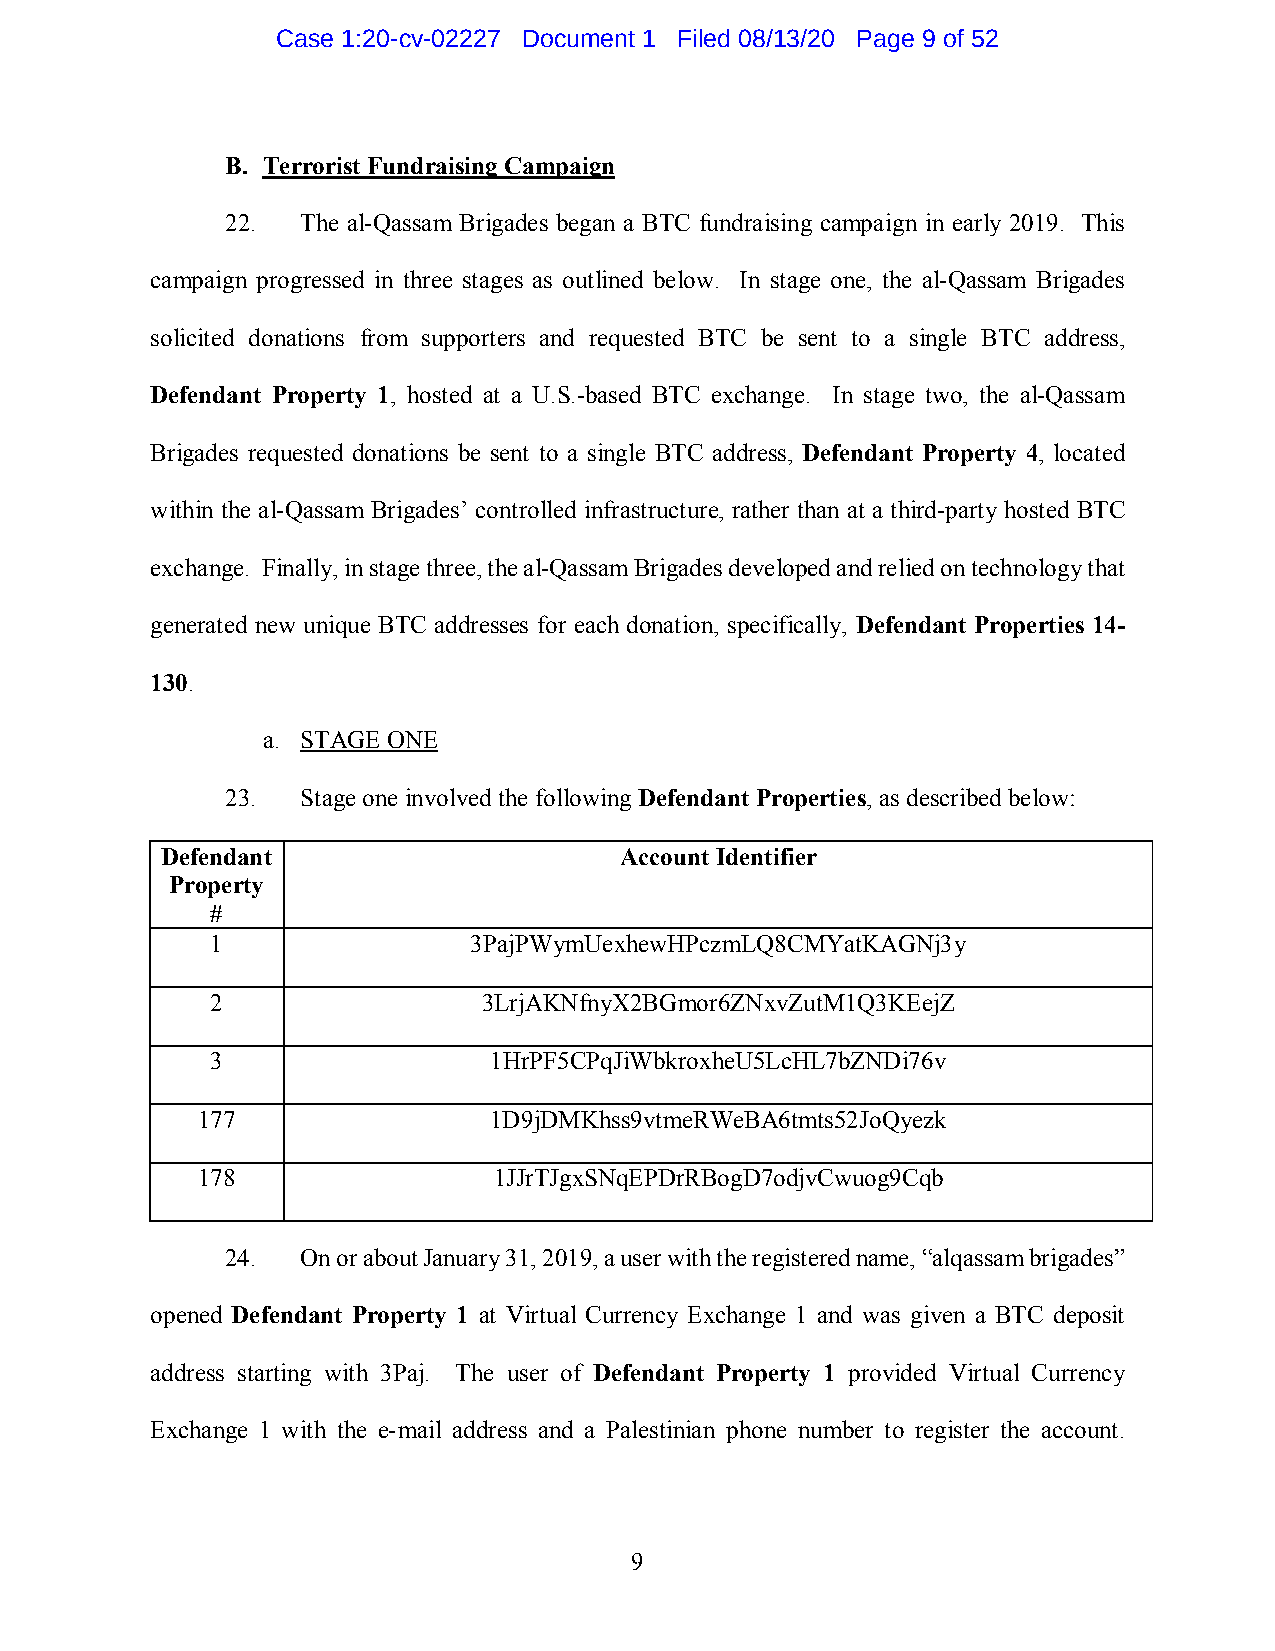
Case 1:20-cv-02227 Document 1 Filed 08/13/20 Page 9 of 52
 B. Terrorist Fundraising Campaign
 22.  The al-Qassam Brigades began a BTC fundraising campaign in early 2019. This
 campaign progressed in three stages as outlined below. In stage one, the al-Qassam Brigades
 solicited donations from supporters and requested BTC be sent to a single BTC address,
 Defendant Property 1, hosted at a U.S.-based BTC exchange. In stage two, the al-Qassam
 Brigades requested donations be sent to a single BTC address, Defendant Property 4, located
 within the al-Qassam Brigades’ controlled infrastructure, rather than at a third-party hosted BTC
 exchange. Finally, in stage three, the al-Qassam Brigades developed and relied on technology that
 generated new unique BTC addresses for each donation, specifically, Defendant Properties 14-
 130.
 a. STAGE ONE
 23.  Stage one involved the following Defendant Properties, as described below:
 Defendant                     Account Identifier
 Property
 #
 1                3PajPWymUexhewHPczmLQ8CMYatKAGNj3y
 2                 3LrjAKNfnyX2BGmor6ZNxvZutM1Q3KEejZ
 3                 1HrPF5CPqJiWbkroxheU5LcHL7bZNDi76v
 177                1D9jDMKhss9vtmeRWeBA6tmts52JoQyezk
 178                 1JJrTJgxSNqEPDrRBogD7odjvCwuog9Cqb
 24.  On or about January 31, 2019, a user with the registered name, “alqassam brigades”
 opened Defendant Property 1 at Virtual Currency Exchange 1 and was given a BTC deposit
 address starting with 3Paj. The user of Defendant Property 1 provided Virtual Currency
 Exchange 1 with the e-mail address and a Palestinian phone number to register the account.
 9